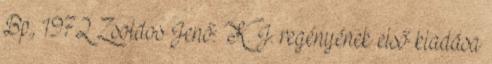
Bp., 1972 Zsoldos Jenő: K. J. regényének első kiadása